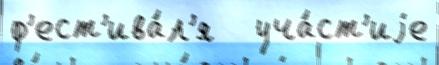
ф'ест'ива́л'я   уча́ст'иjе